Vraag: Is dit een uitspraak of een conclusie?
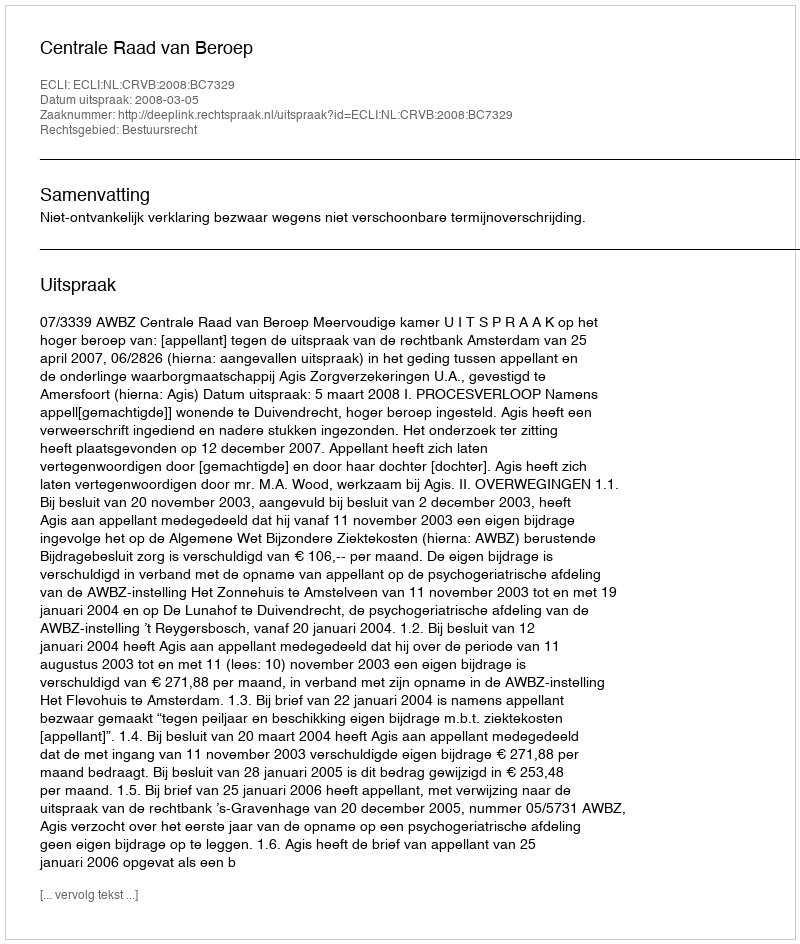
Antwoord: Uitspraak